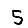
Digit: 5